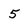
Character: 5